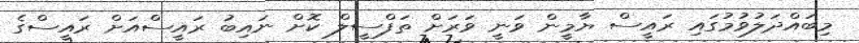
މިބައްދަލުވުމުގައި ރައީސް ޔާމީން ވަނީ ވަރަށް ތަފްސީލް ކޮށް ނައިބު ރައީސްއަށް ރައީސްގެ